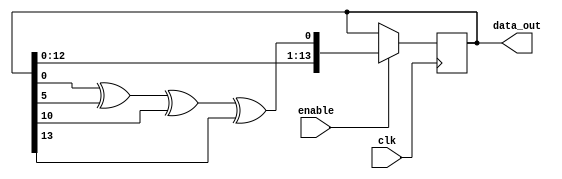
module lfsr6 (data_out, clk, enable);

	output [14:1]	data_out;
	input				clk;
	input				enable;
	
	reg[14:1]			sreg;
	
	initial sreg = 14'b11111010;

	always @ (posedge clk)
		if(enable == 1) 
		sreg <= {sreg[13:1], (sreg[1] ^ sreg[6] ^ sreg[11] ^ sreg [14])};
		
	assign data_out = sreg;

endmodule